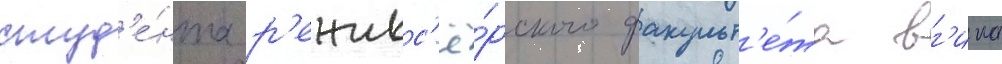
студ'е́нта р'ежисс'ё́рского факульт'е́та вг'ика